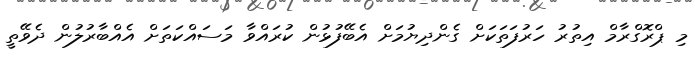
މި ޕްރޮގްރާމް އިތުރު ހަރުފަތަކަށް ގެންދިޔުމަށް އެބޭފުޅުން ކުރައްވާ މަސައްކަތަށް އެއްބާރުލުން ދެވޭތީ